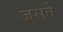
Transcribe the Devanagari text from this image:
जसते